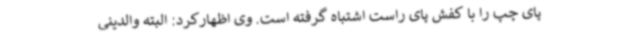
پای چپ را با کفش پای راست اشتباه گرفته است. وی اظهارکرد: البته والدینی